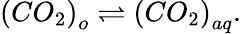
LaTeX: \left(CO_{2}\right)_{o}\rightleftharpoons\left(CO_{2}\right)_{aq}.